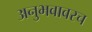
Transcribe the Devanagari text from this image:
अनुभवावरच